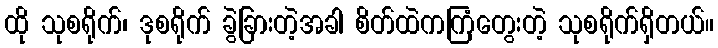
ထို သုစရိုက်၊ ဒုစရိုက် ခွဲခြားတဲ့အခါ စိတ်ထဲကကြံတွေးတဲ့ သုစရိုက်ရှိတယ်။